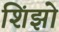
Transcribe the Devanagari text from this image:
शिंझो